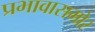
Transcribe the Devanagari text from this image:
प्रभावासमोर